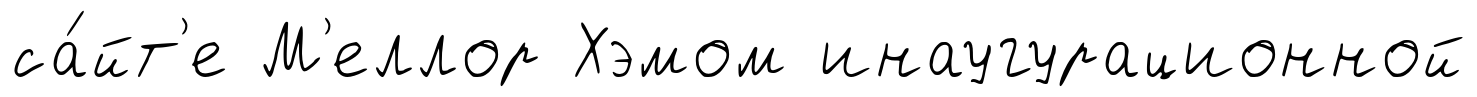
са́йт'е М'еллор Хэмом инаугурационной